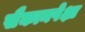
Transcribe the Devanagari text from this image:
सैकानपेक्षा